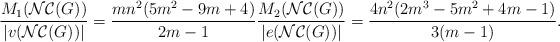
LaTeX: \begin{align*}\dfrac{M_{1}(\mathcal{NC}(G))}{|v( \mathcal{NC}(G) )|} = \dfrac{mn^{2}(5m^{2}-9m+4)}{2m-1} \dfrac{M_{2}(\mathcal{NC}(G))}{|e(\mathcal{NC}(G))|} = \dfrac{4n^{2}(2m^{3}-5m^{2}+4m-1)}{3(m -1)}.\end{align*}